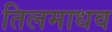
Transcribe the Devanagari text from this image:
तिलमाधव